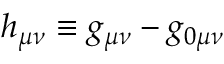
h _ { \mu \nu } \equiv g _ { \mu \nu } - g _ { 0 \mu \nu }